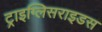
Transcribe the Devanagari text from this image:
ट्राइग्लिसराइडस